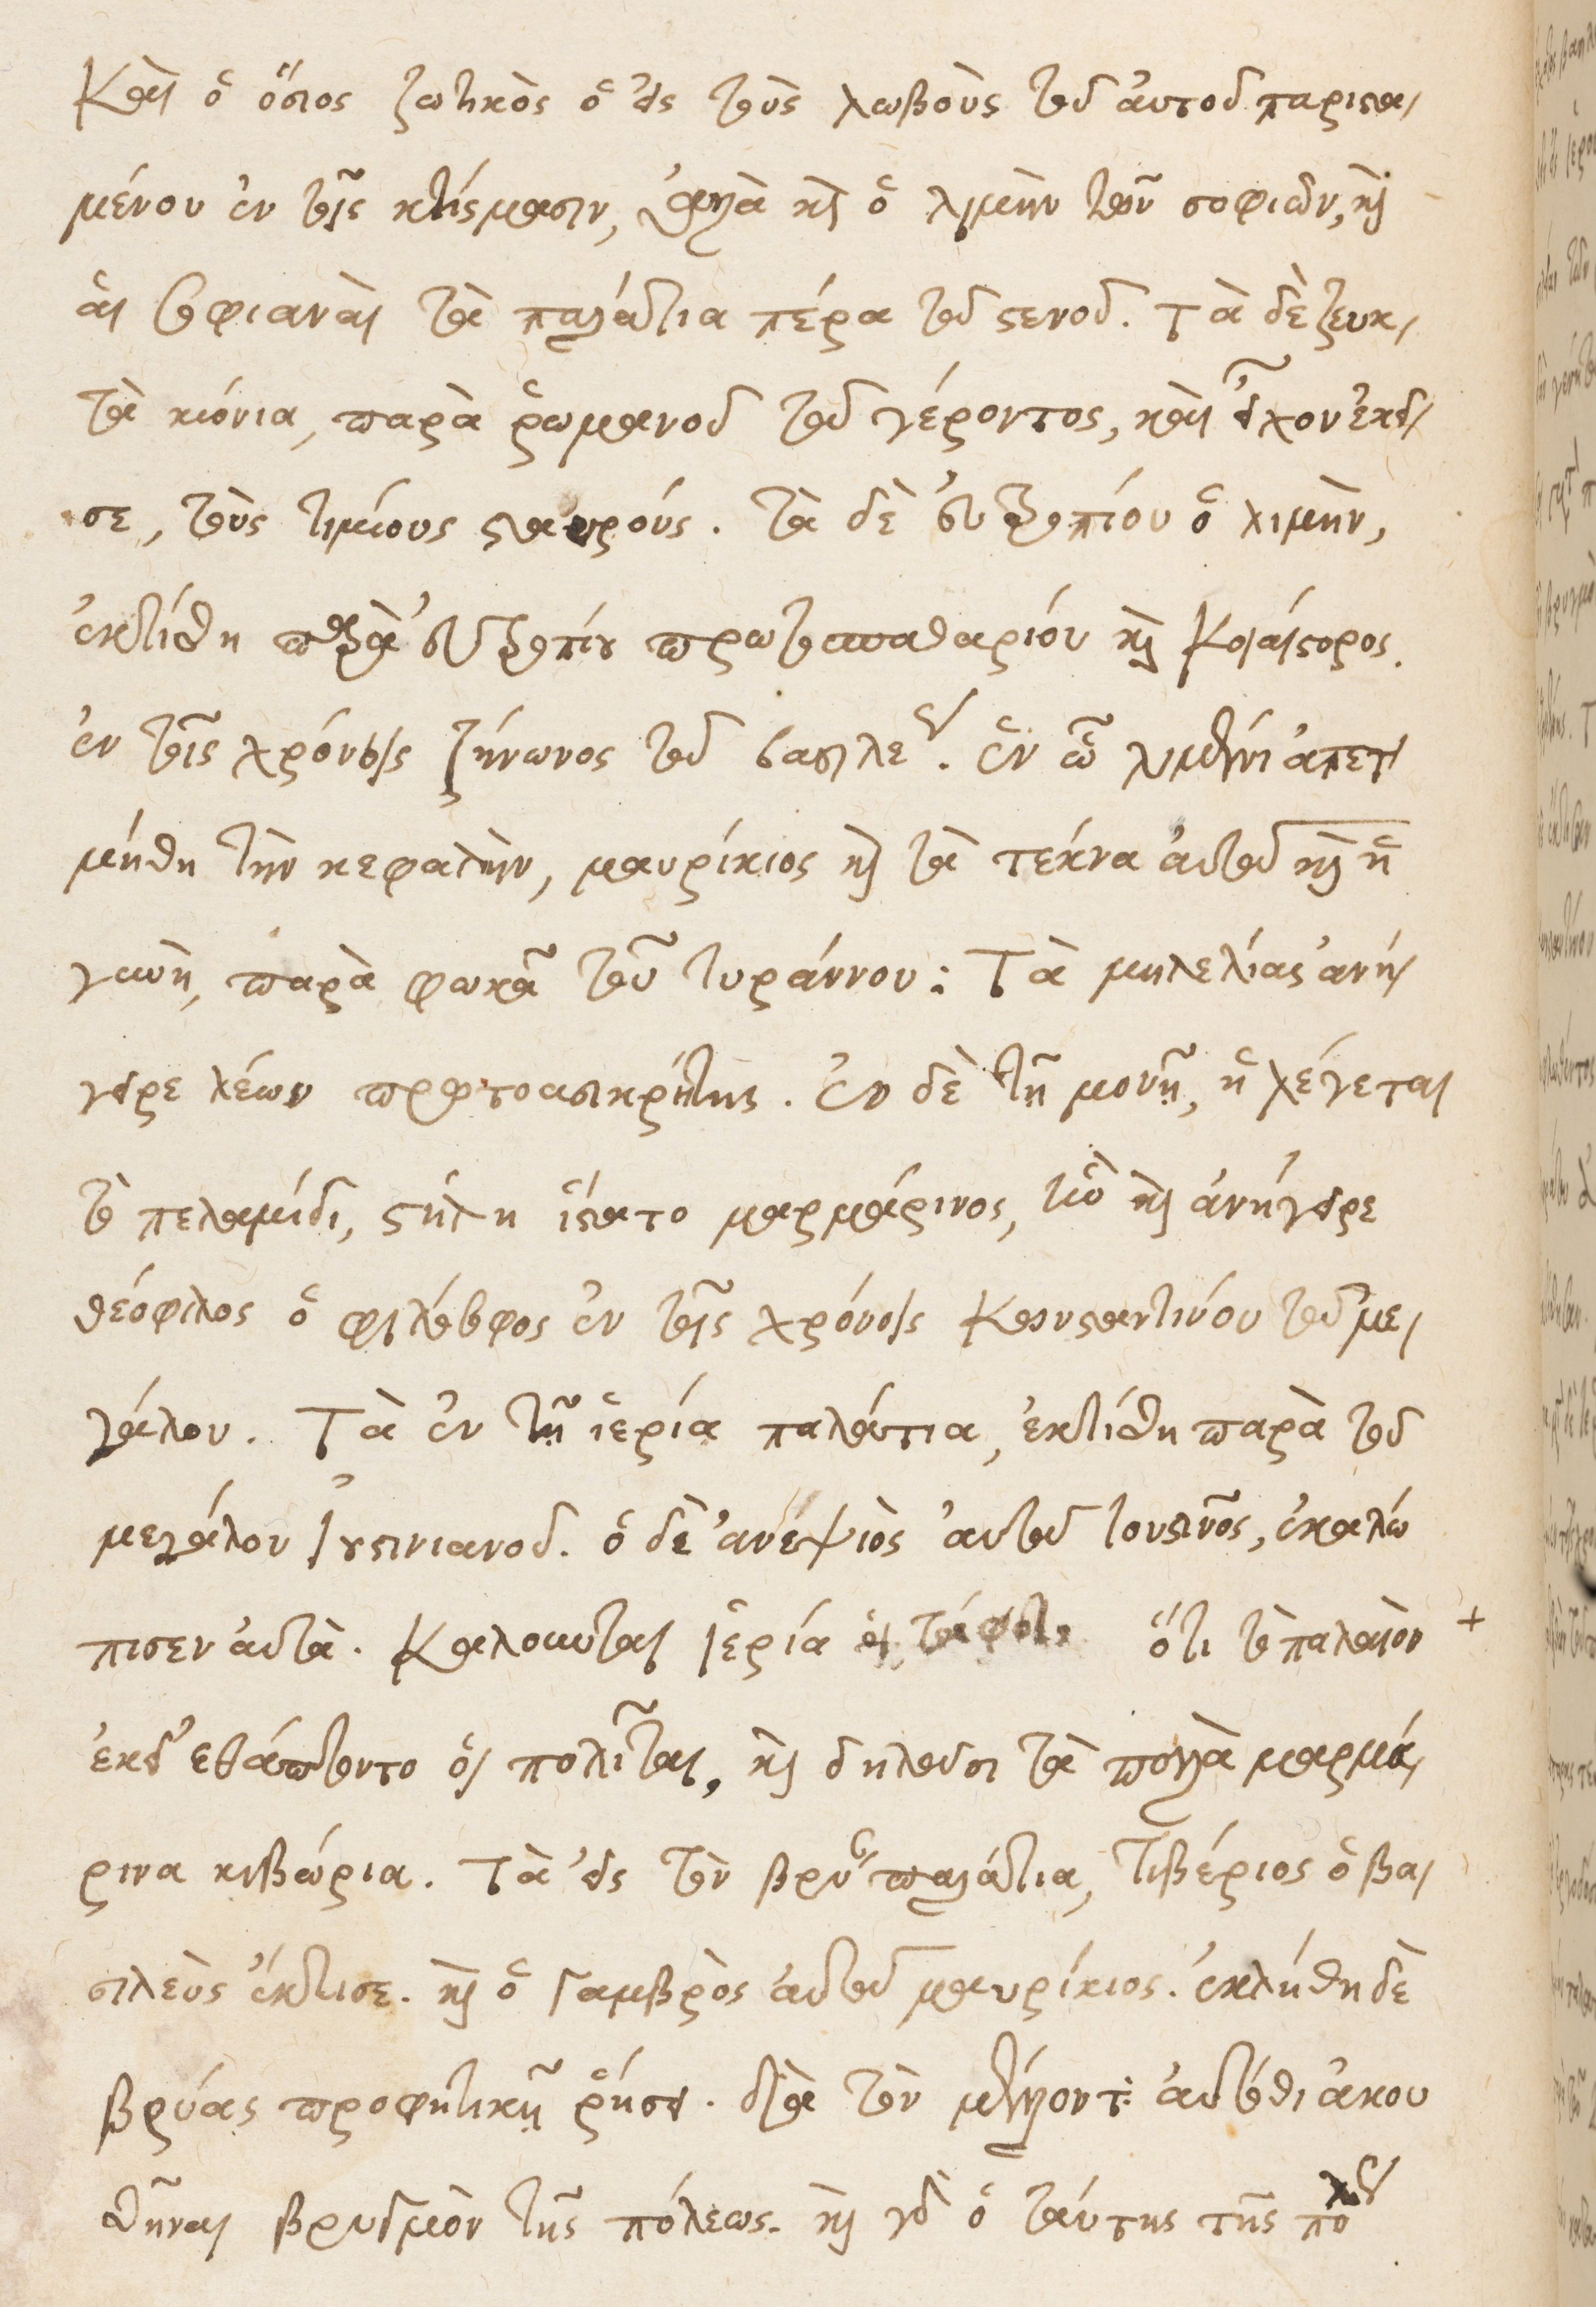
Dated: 1535–1575